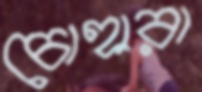
চোহারা